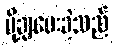
ပို့ချပေးခဲ့သည်